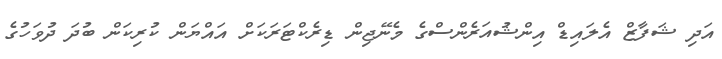
އަދި ޝަފާޒް އެލައިޑް އިންޝުއަރެންސްގެ މެނޭޖިން ޑިރެކްޓަރަކަށް އައްޔަން ކުރިކަން ބުދަ ދުވަހުގެ